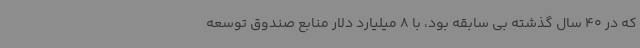
که در 40 سال گذشته بی سابقه بود، با 8 میلیارد دلار منابع صندوق توسعه